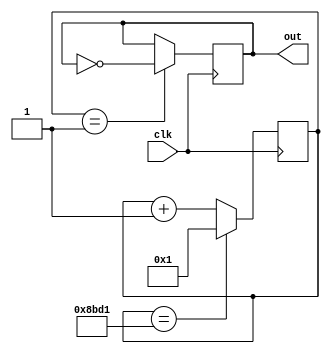
module F (clk, out);
	input clk;
	output out;
	
reg[15:0] clkDivider = 35793;
reg[15:0] counter;

always @(posedge clk)
	if(counter == clkDivider)
		counter <= 1;
	else counter <= counter + 1;
	
reg out;
always @(posedge clk)
	if(counter == 1)
		out <= ~out;

endmodule